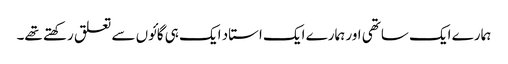
ہمارے ایک ساتھی اور ہمارے ایک استاد ایک ہی گائوں سے تعلق رکھتے تھے۔